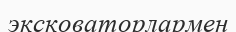
эксковаторлармен